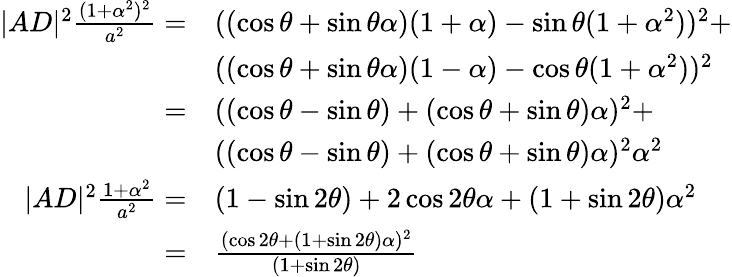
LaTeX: \begin{array}{rl}{|AD|^{2}\frac{(1+\alpha^{2})^{2}}{a^{2}}=}&{((\cos\theta+\sin\theta\alpha)(1+\alpha)-\sin\theta(1+\alpha^{2}))^{2}+}\\ &{((\cos\theta+\sin\theta\alpha)(1-\alpha)-\cos\theta(1+\alpha^{2}))^{2}}\\ {=}&{((\cos\theta-\sin\theta)+(\cos\theta+\sin\theta)\alpha)^{2}+}\\ &{((\cos\theta-\sin\theta)+(\cos\theta+\sin\theta)\alpha)^{2}\alpha^{2}}\\ {|AD|^{2}\frac{1+\alpha^{2}}{a^{2}}=}&{(1-\sin 2\theta)+2\cos 2\theta\alpha+(1+\sin 2\theta)\alpha^{2}}\\ {=}&{\frac{(\cos 2\theta+(1+\sin 2\theta)\alpha)^{2}}{(1+\sin 2\theta)}}\end{array}